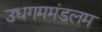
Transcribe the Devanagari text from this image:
उधगममंडलम